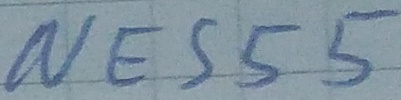
Text: NE555